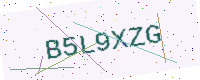
Text: B5L9XZG